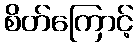
စိတ်ကြောင့်